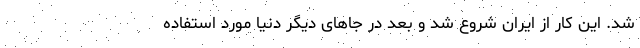
شد. این کار از ایران شروع شد و بعد در جاهای دیگر دنیا مورد استفاده